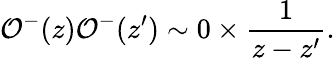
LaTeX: {\cal O}^{-}(z){\cal O}^{-}(z^{\prime})\sim 0\times\frac{1}{z-z^{\prime}}.